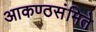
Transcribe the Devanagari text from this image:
आकण्ठसंमिते